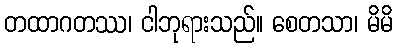
တထာဂတဿ၊ ငါဘုရားသည်။ စေတသာ၊ မိမိ